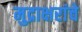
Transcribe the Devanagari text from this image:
मुद्राक्षरांचे